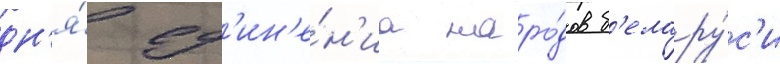
дн'я́ ед'ин'е́н'иа наро́дов б'елару́с'и